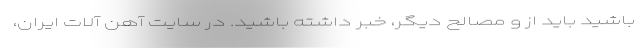
باشید باید از و مصالح دیگر، خبر داشته باشید. در سایت آهن آلات ایران،